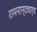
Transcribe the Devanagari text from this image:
रामनान्दचार्य